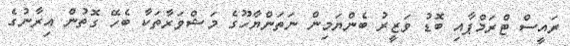
ރައީސް ޓްރަމްޕާއި ބޮޑު ވަޒީރު ބެންޔަމިން ނަތަންޔާހޫގެ މަޝްވަރާތަކާ ބެހޭ ގޮތުން އިރާނުގެ